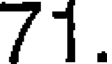
71.